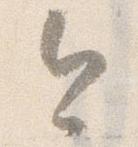
今